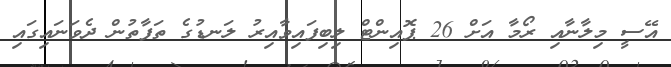
އޭސީ މިލާނާއި ރޯމާ އަށް 26 ޕޮއިންޓް ލިބިފައިވާއިރު ލަނޑުގެ ތަފާތުން ދެވަނައިގައި